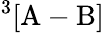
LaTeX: ^3[\mathrm{A}-\mathrm{B}]